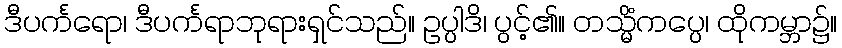
ဒီပင်္ကရော၊ ဒီပင်္ကရာဘုရားရှင်သည်။ ဥပ္ပါဒိ၊ ပွင့်၏။ တသ္မိံကပ္ပေ၊ ထိုကမ္ဘာ၌။